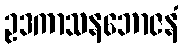
ဥဒကာသနဘောဇနံ